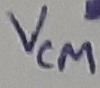
Text: VCM